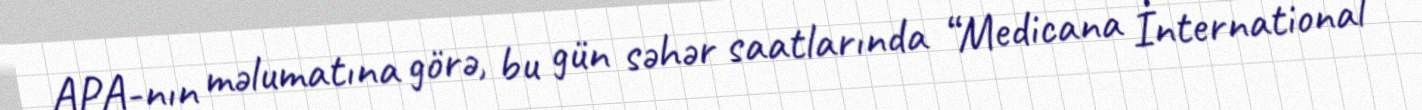
APA-nın məlumatına görə, bu gün səhər saatlarında “Medicana İnternational